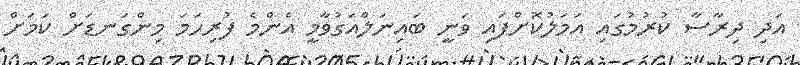
އަދި ދިރާސާ ކުރުމުގައި އަމަލުކޮށްފައި ވަނީ ބައިނަލްއަގުވާމީ އެންމެ ފުރިހަަމަ މިންގަނޑަށް ކަމަށް